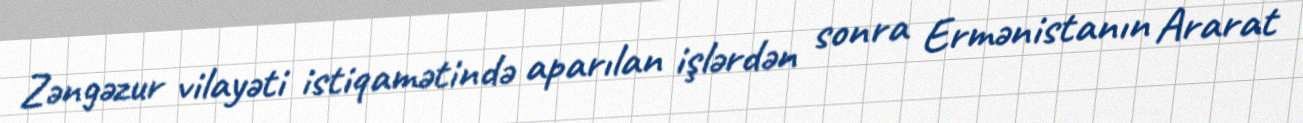
Zəngəzur vilayəti istiqamətində aparılan işlərdən sonra Ermənistanın Ararat